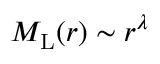
M _ { \mathrm { L } } ( r ) \sim r ^ { \lambda }